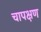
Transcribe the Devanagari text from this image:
चापक्षण